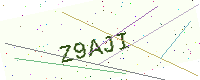
Text: Z9AJI